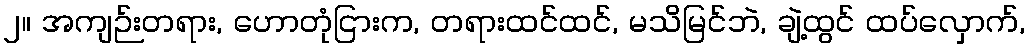
၂။ အကျဉ်းတရား, ဟောတုံငြားက, တရားထင်ထင်, မသိမြင်ဘဲ, ချဲ့ထွင် ထပ်လှောက်,